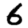
Digit: 6